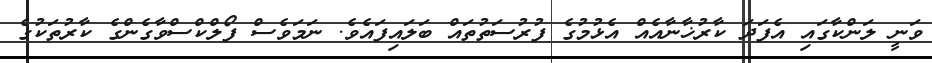
ވަނީ ލަންކާގައި އެފަދަ ކާރުޚާނާއެއް އެޅުމުގެ ފުރުސަތުތައް ބަލައިފައެވެ. ނަމަވެސް ފޯލްކްސްވާގެންގެ ކާރުތަކުގެ